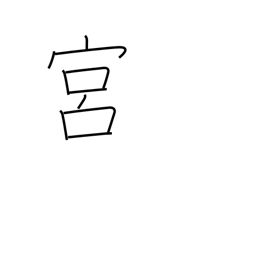
Meaning: constellations